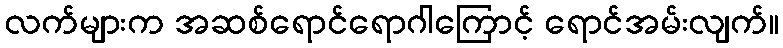
လက်များက အဆစ်ရောင်ရောဂါကြောင့် ရောင်အမ်းလျက်။